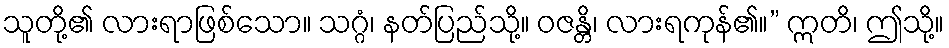
သူတို့၏ လားရာဖြစ်သော။ သဂ္ဂံ၊ နတ်ပြည်သို့။ ဝဇန္တိ၊ လားရကုန်၏။” ဣတိ၊ ဤသို့။